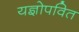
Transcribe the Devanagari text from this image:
यज्ञोपवित